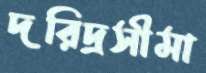
দরিদ্রসীমা